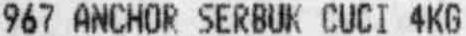
967 ANCHOR SERBUK CUCI 4KG